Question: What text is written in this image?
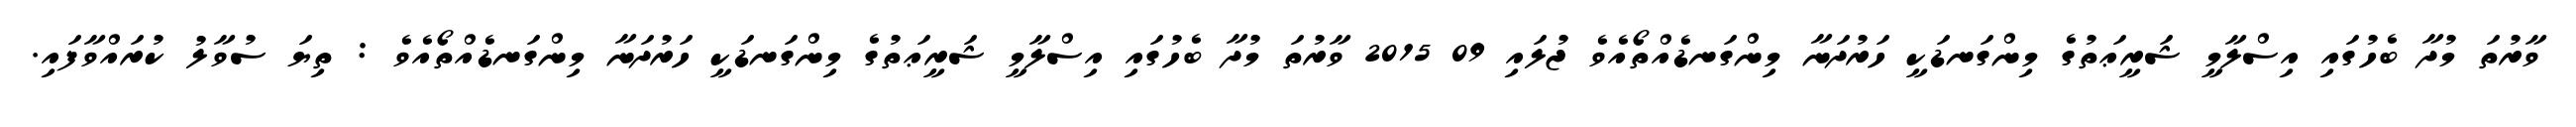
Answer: ވާރުތަ މުދާ ބެހުގައި އިސްލާމީ ޝަރީޢަތުގެ މިންގަނޑަކީ ހަރުދަނާ މިންގަނޑެއްތޯއެވެ ޖުލައި 09 2015 ވާރުތަ މުދާ ބެހުގައި އިސްލާމީ ޝަރީޢަތުގެ މިންގަނޑަކީ ހަރުދަނާ މިންގަނޑެއްތޯއެވެ : ތިޔަ ސުވާލު ކުރައްވާފައި.